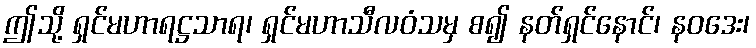
ဤသို့ ရှင်မဟာရဋ္ဌသာရ၊ ရှင်မဟာသီလဝံသမှ စ၍ နတ်ရှင်နောင်၊ နဝဒေး၊